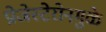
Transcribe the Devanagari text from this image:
प्रोजेस्टेरोनमुळे